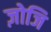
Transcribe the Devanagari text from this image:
ज़ोजि